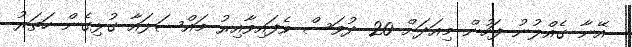
އޭނާ ގެއްލުނު ފަހުން މިއަދަށް 20 ދުވަސް ވެފައިވާއިރު މައްސަލައާ ގުޅިގެން ހަތަރު